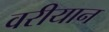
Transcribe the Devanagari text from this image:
वरीयान